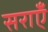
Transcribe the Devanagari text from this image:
सराएँ